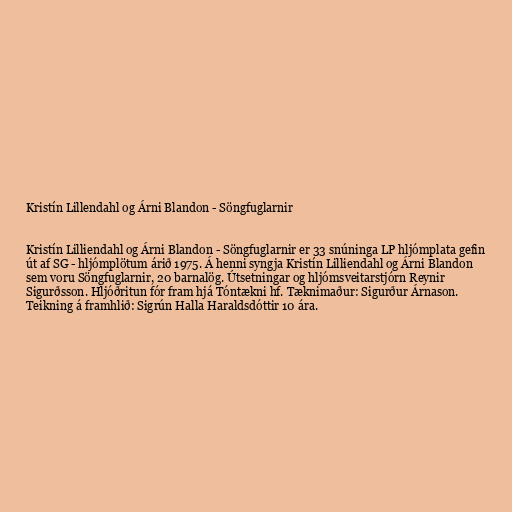
Kristín Lillendahl og Árni Blandon - Söngfuglarnir

Kristín Lilliendahl og Árni Blandon - Söngfuglarnir er 33 snúninga LP hljómplata gefin
út af SG - hljómplötum árið 1975. Á henni syngja Kristín Lilliendahl og Árni Blandon
sem voru Söngfuglarnir, 20 barnalög. Útsetningar og hljómsveitarstjórn Reynir
Sigurðsson. Hljóðritun fór fram hjá Tóntækni hf. Tæknimaður: Sigurður Árnason.
Teikning á framhlið: Sigrún Halla Haraldsdóttir 10 ára.